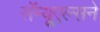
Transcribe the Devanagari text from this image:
सॅम्यूएल्सने